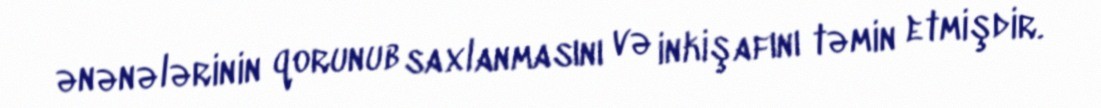
ənənələrinin qorunub saxlanmasını və inkişafını təmin etmişdir.